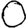
Digit: 0